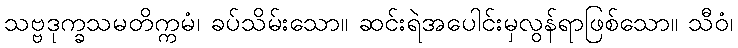
သဗ္ဗဒုက္ခသမတိက္ကမံ၊ ခပ်သိမ်းသော။ ဆင်းရဲအပေါင်းမှလွန်ရာဖြစ်သော။ သီဝံ၊